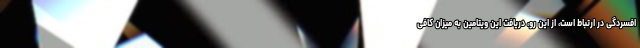
افسردگی در ارتباط است، از این رو، دریافت این ویتامین به میزان کافی